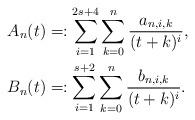
LaTeX: \begin{align*}A_n(t) &=: \sum_{i=1}^{2s+4}\sum_{k=0}^{n} \frac{a_{n,i,k}}{(t+k)^i}, \\B_n(t) &=: \sum_{i=1}^{s+2}\sum_{k=0}^{n}\frac{b_{n,i,k}}{(t+k)^i}. \end{align*}